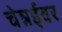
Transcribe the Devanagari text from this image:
चेन्नईवर